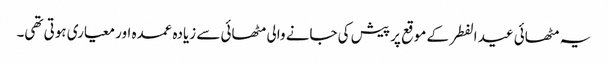
یہ مٹھائی عید الفطر کے موقع پر پیش کی جانے والی مٹھائی سے زیادہ عمدہ اور معیاری ہوتی تھی۔